Report of the Hyderabad Chloroform Commission
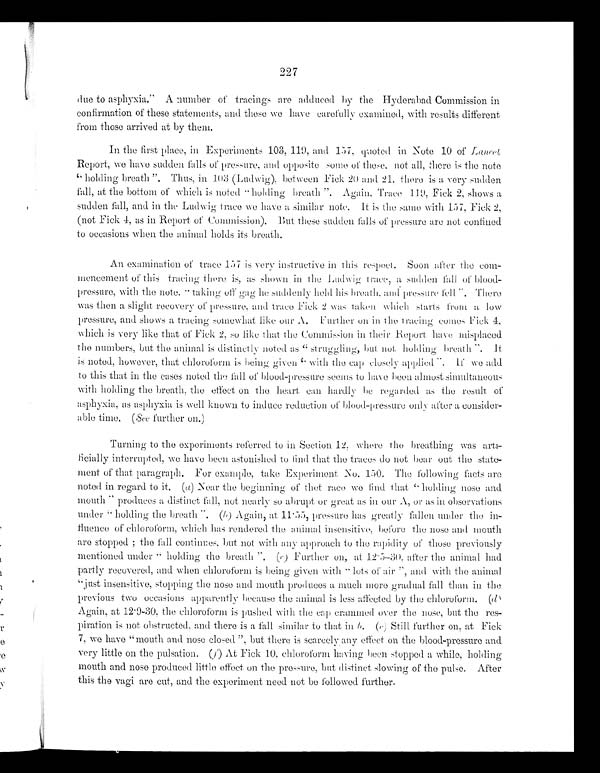
227
due to asphyxia." A number of tracings are adduced by the Hyderabad Commission in
confirmation of these statements, and these we have carefully examined, with results different
from those arrived at by them.
In the first place, in Experiments 103, 119, and 157, quoted in Note 10 of Lancet
Report, we have sudden falls of pressure, and opposite some of these, not all, therei s t h e n o t e
" holding breath". Thus, in 103 (Ludwig), between Fick. 20 and 21, there is a very sudden
fall, at the bottom of which is noted "holding breath". Again, Trace 119, Fick 2, shows a
sudden fall, and in the Ludwig trace we have a similar note. It is the same with 157, Fick 2,
(not Fick 4, as in Report of Commission). But these sudden falls of pressure are not confined
to occasions when the animal holds its breath.
An examination of trace 157 is very instructive in this respect. Soon after the com-
mencement of this tracing there is, as shown in the Ludwig trace, a sudden fall of blood-
pressure, with the note," taking off gag he suddenly held his breath, and pressure fell". There
was then a slight recovery of pressure, a nd trace Fick 2, was taken which starts from a low
pressure, and shows a tracing somewhat like our A.
Further on in the tracing comes Fick 4,
which is very like that of Fick 2, so like that the Commission in their Report have misplaced
the numbers, but the animal is distinctly noted as "struggling, b ut not holding breath". It
is noted, however, that chloroform is being g iven "with
the cap closely applied". If we add
to this that in the cases noted the fall of blood-pressure seems to have been almost simultaneous
with holding the breath, the effect on the heart can hardly be regarded as the result of
asphyxia, as asphyxia is well known to induce reduction of blood - pressure only after a consider
-able time. ( See further on.)
Turning to the experiments referred to in Section 12, where the breathing was art
ificially interrupted, we have been astonished to find that the traces do not bear out the stat
ement of that paragraph. For example, take Experiment No. 150. The following facts are
noted in regard to it. (a) Near the beginning of that race we find that "holding nose and
mouth" produces a distinct fall, not nearly so abrupt or great as in our A, or as in observations
under" holding the breath". (b) Again, at 11·55, pressure has greatly fallen under the i
n - f l u e n c e o f c h l o r o f o r m , w h i c h h a s r e n d e r e d t h e a n i m a l i n s e n s i t i v e , b e f o r e t h e n o s e a n d m o u t h
are stopped; the fall continues, but not with any approach to the rapidity of those previously
mentioned under "holding the breath ". (c) Further on, at 12·5-30, after the animal had
partly recovered, and when chloroform is being given with " lots of air " , and with the animal
"just insensitive, stopping the nose and mouth produces a much more gradual fall than in the
previous two occasions apparently because the animal is less affected by the chloroform. (d)
Again, at 12·9-30, the chloroform is pushed with the cap crammed over the nose, but the res-
piration is not obstructed, and there is a fall similar to that in b . ( e ) S t i l l f u r t h e r o n , a t F i c k
7, we have "mouth and nose closed", but there is scarcely any effect on the blood-pressure and
very little on the pulsation. (f) At Fick 10, chloroform having been stopped a while, holding
mouth and nose produced little effect on the pressure, but distinct slowing of the pulse. After
this the vagi are cut, and the experiment need not be followed further.